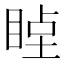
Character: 𥇞